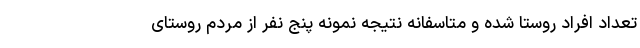
تعداد افراد روستا شده و متاسفانه نتیجه نمونه پنج نفر از مردم روستای